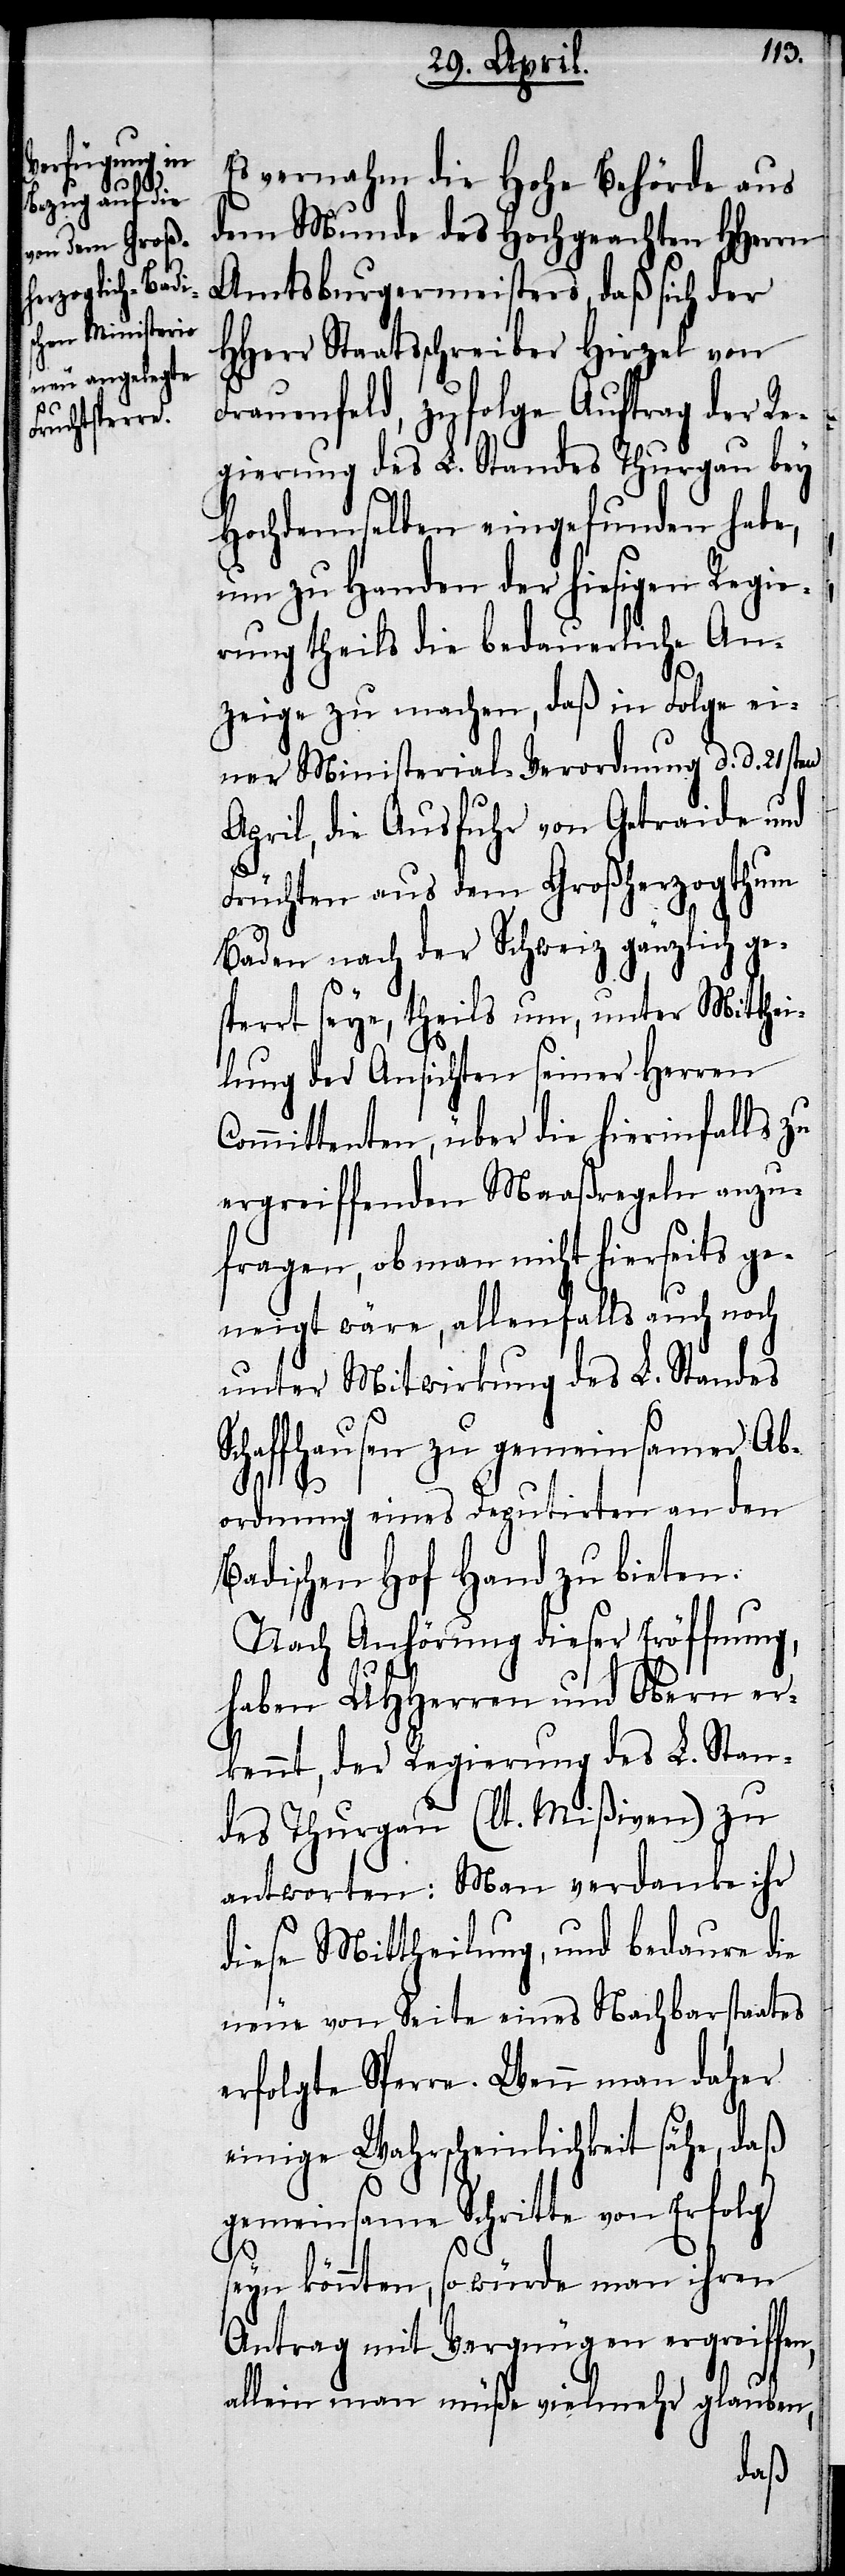
Es vernahm die Hohe Behörde aus
dem Munde des Hochgeachten HHerrn
Amtsburgermeisters, daß sich der
HHerr Staatsschreiber Hirzel von
Frauenfeld, zufolge Auftrag der Re¬
gierung des L. Standes Thurgau bey
Hochdemselben eingefunden habe,
um zu Handen der hiesigen Regie¬
rung theils die bedauerliche An¬
S¬
zeige zu machen, daß in Folge ei¬
ner Ministerial-Verordnung d. d. 21sten
April, die Ausfuhr von Getraide und
Früchten aus dem Großherzogthum
Baden nach der Schweiz gänzlich ge¬
sperrt seye, theils um, unter Mitthei¬
lung der Ansichten seiner Herren
Committenten, über die hierinfalls zu
ergreiffenden Maaßregeln anzu¬
fragen, ob man nicht hierseits ge¬
neigt wäre, allenfalls auch noch
unter Mitwirkung des L. Standes
chaffhausen zu gemeinsamer Ab¬
ordnung eines Deputirten an den
Badischen Hof Hand zu bieten.
Nach Anhörung dieser Eröffnung,
haben UHHerren und Obern er¬
kennt, der Regierung des L. Stan¬
des Thurgau (lt. Mißiven) zu
antworten: Man verdanke ihr
diese Mittheilung, und bedaure die
neue von Seite eines Nachbarstaates
erfolgte Sperre. Wenn man daher
einige Wahrscheinlichkeit sähe, daß
gemeinsame Schritte von Erfolg
seyn könnten, so würde man ihren
Antrag mit Vergnügen ergreiffen,
allein man müße vielmehr glauben,